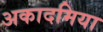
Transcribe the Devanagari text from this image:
अकादमिया